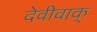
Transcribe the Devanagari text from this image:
देवीवाक्‌